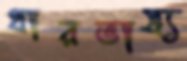
ধারভাষ্য